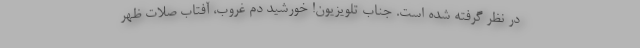
در نظر گرفته شده است. جناب تلویزیون! خورشيد دم غروب، آفتاب صلات ظهر